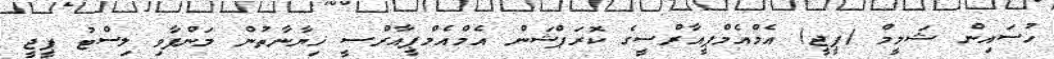
ހުސައިން ޝަމީމް (ޕީޖީ) އެމްއެމްޕީއާރްސީގެ ކޮރަޕްޝަން އެމްއެމްޕީއާރްސީ ޚިޔާނާތުން މަންފާވި ލިސްޓު ޕީޖީ